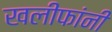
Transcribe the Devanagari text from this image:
खलीफांनी